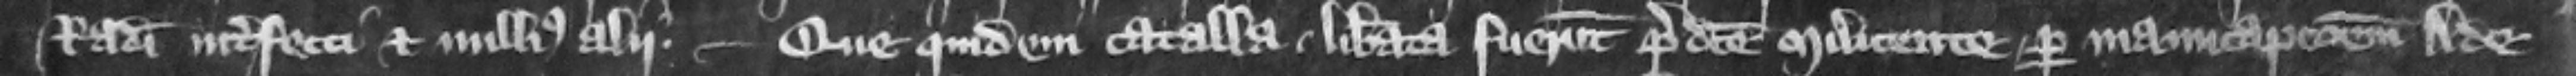
Radulphi interfecti et nullius alij. --- Que quidem catalla liberata fuerunt predicte Milicente per manucapcionem Ade